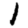
Digit: 1